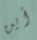
أين